Scottish Leaving Certificate Examination, 1955
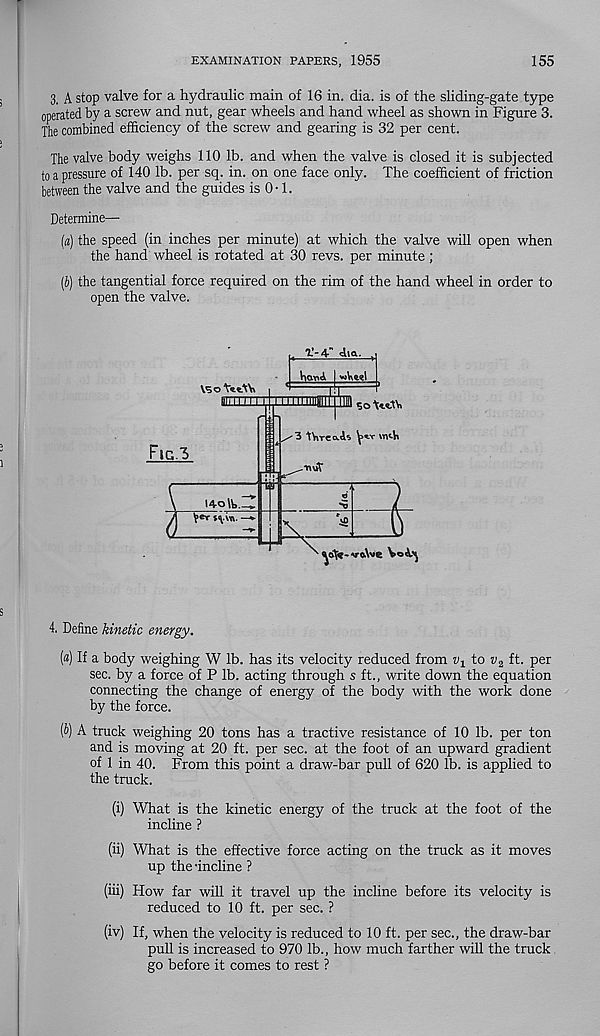
EXAMINATION PAPERS, 1955
155
3, A stop valve for a hydraulic main of 16 in. dia. is of the sliding-gate type
operated by a screw and nut, gear wheels and hand wheel as shown in Figure 3.
The combined efficiency of the screw and gearing is 32 per cent.
The valve body weighs 110 lb. and when the valve is closed it is subjected
to a pressure of 140 lb. per sq. in. on one face only. The coefficient of friction
between the valve and the guides is 0-1.
Determine—
(a) the speed (in inches per minute) at which the valve will open when
the hand wheel is rotated at 30 revs, per minute ;
(J) the tangential force required on the rim of the hand wheel in order to
open the valve.
T’-4" Aia.
Fig.3
140 It,..
\so YttAV
81111111 1]. 1
so
'3 ttircais
t
IjJ^—^^
'y>fa-»o.\we W
4. Define kinetic energy.
(a) If a body weighing W lb. has its velocity reduced from tq to v 2 ft. per
sec. by a force of P lb. acting through s ft., write down the equation
connecting the change of energy of the body with the work done
by the force.
(i) A truck weighing 20 tons has a tractive resistance of 10 lb. per ton
and is moving at 20 ft. per sec. at the foot of an upward gradient
of 1 in 40. From this point a draw-bar pull of 620 lb. is applied to
the truck.
(i) What is the kinetic energy of the truck at the foot of the
incline ?
(ii) What is the effective force acting on the truck as it moves
up the -incline ?
(iii) How far will it travel up the incline before its velocity is
reduced to 10 ft. per sec. ?
(iv) If, when the velocity is reduced to 10 ft. per sec., the draw-bar
pull is increased to 970 lb., how much farther will the truck
go before it comes to rest ?